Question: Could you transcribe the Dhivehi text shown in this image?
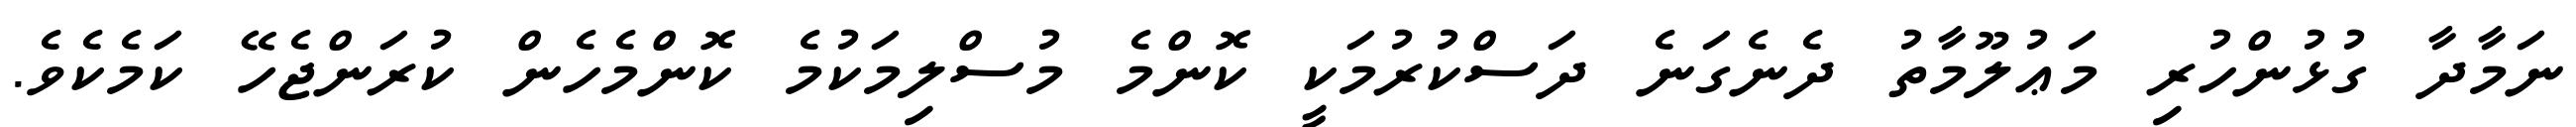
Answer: ނަމާދާ ގުޅުންހުރި މަޢުލޫމާތު ދެނެގަނެ ދަސްކުރުމަކީ ކޮންމެ މުސްލިމަކުމެ ކޮންމެހެން ކުރަންޖެހޭ ކަމެކެވެ.